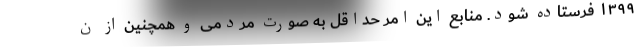
۱۳۹۹ فرستاده شود. منابع این امر حداقل به صورت مردمی و همچنین از ن